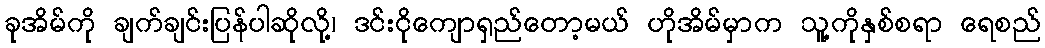
ခုအိမ်ကို ချက်ချင်းပြန်ပါဆိုလို့၊ ဒင်းငိုကျောရှည်တော့မယ် ဟိုအိမ်မှာက သူ့ကိုနှစ်စရာ ရေစည်